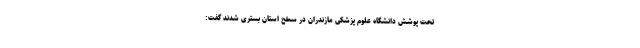
تحت پوشش دانشگاه علوم پزشکی مازندران در سطح استان بستری شدند گفت: